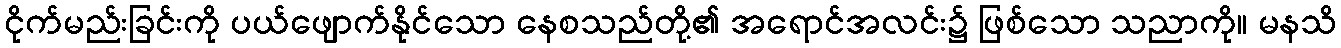
ငိုက်မည်းခြင်းကို ပယ်ဖျောက်နိုင်သော နေစသည်တို့၏ အရောင်အလင်း၌ ဖြစ်သော သညာကို။ မနသိ